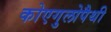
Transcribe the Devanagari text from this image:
कोएगुलोपैथी